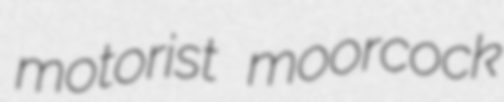
motorist moorcock